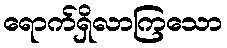
ရောက်ရှိလာကြသော